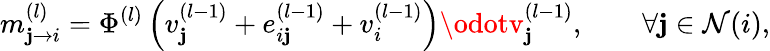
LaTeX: m_{\mathbf{j}\rightarrow{i}}^{(l)}=\Phi^{(l)}\left(v_{\mathbf{j}}^{(l-1)}+e_{i\mathbf{j}}^{(l-1)}+v_{i}^{(l-1)}\right)\odotv_{\mathbf{j}}^{(l-1)},\qquad\forall\mathbf{j}\in\mathcal{{N}}(i),